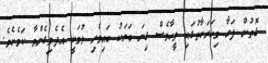
ގޮތުން ފަށާ މިހަރަކާތުގައި ވީހާވެސް ގިނަ ބަޔަކު ބައިވެރި ވުމަކީ އެދެވިގެންވާ ކަމެކެވެ.